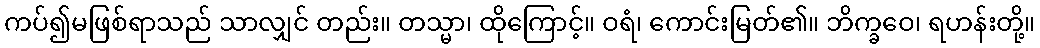
ကပ်၍မဖြစ်ရာသည် သာလျှင် တည်း။ တသ္မာ၊ ထိုကြောင့်။ ဝရံ၊ ကောင်းမြတ်၏။ ဘိက္ခဝေ၊ ရဟန်းတို့။